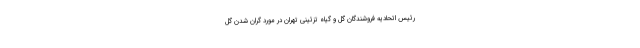
رئیس اتحادیه فروشندگان گل و گیاه تزئینی تهران در مورد گران شدن گل